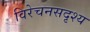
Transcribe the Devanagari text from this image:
विरेचनसदृश्य